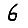
Digit: 6